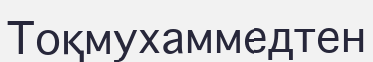
Тоқмухаммедтен